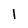
Character: 1